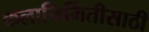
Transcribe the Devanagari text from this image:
कलानिर्मितीसाठी